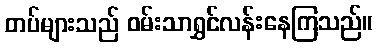
တပ်များသည် ဝမ်းသာရွှင်လန်းနေကြသည်။